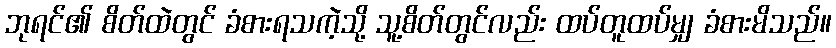
ဘုရင်၏ စိတ်ထဲတွင် ခံစားရသကဲ့သို့ သူ့စိတ်တွင်လည်း ထပ်တူထပ်မျှ ခံစားမိသည်။